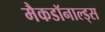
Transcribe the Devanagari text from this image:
मैकडॉनाल्ड्स